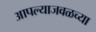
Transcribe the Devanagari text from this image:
आपल्याजवळच्या